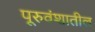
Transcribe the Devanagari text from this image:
पूरुवंशातील